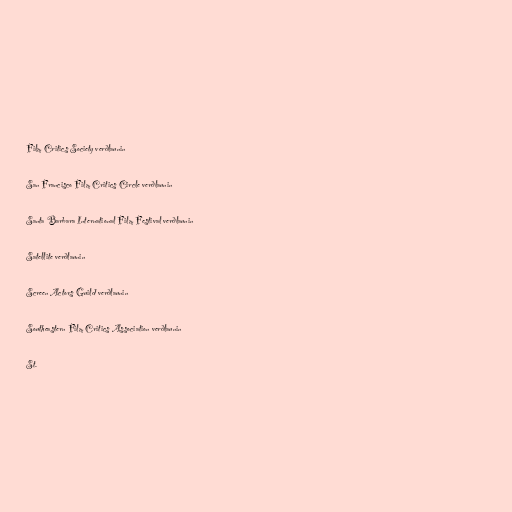
Film Critics Society verðlaunin

San Francisco Film Critics Circle verðlaunin

Santa Barbara International Film Festival verðlaunin

Satellite verðlaunin

Screen Actors Guild verðlaunin

Southeastern Film Critics Association verðlaunin

St.